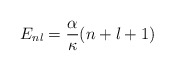
\begin{align*}E_{nl}=\frac{\alpha}{\kappa}(n+l+1)\end{align*}